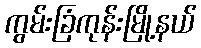
ကွမ်းခြံကုန်းမြို့နယ်